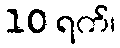
10 ရက်၊